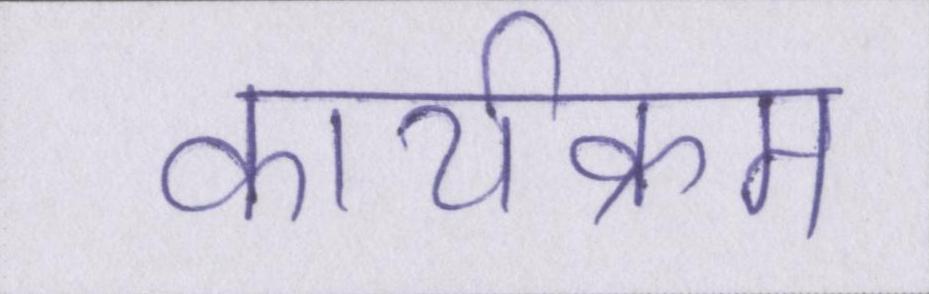
कार्यक्रम